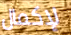
لإكمال